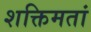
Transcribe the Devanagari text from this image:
शक्तिमतां